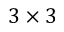
3 \times 3